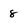
Character: 8